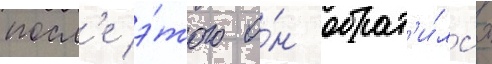
посл'е э́того о́н обрат'и́лс'я